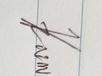
Signature authenticity: genuine